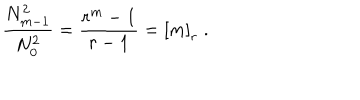
\frac { N _ { m - 1 } ^ { 2 } } { N _ { 0 } ^ { 2 } } = \frac { r ^ { m } - 1 } { r - 1 } = \left[ m \right] _ { r } \; .